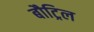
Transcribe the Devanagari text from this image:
बौट्रिल